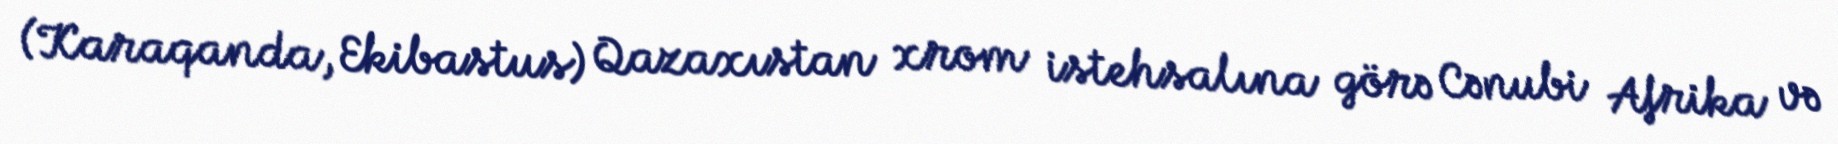
(Karaqanda, Ekibastus) Qazaxıstan xrom istehsalına görə Cənubi Afrika və